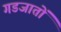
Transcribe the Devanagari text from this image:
गडजातों